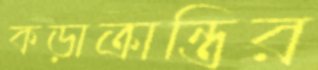
কড়াক্রান্তির